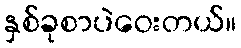
နှစ်ခုစာပဲဝေးတယ်။